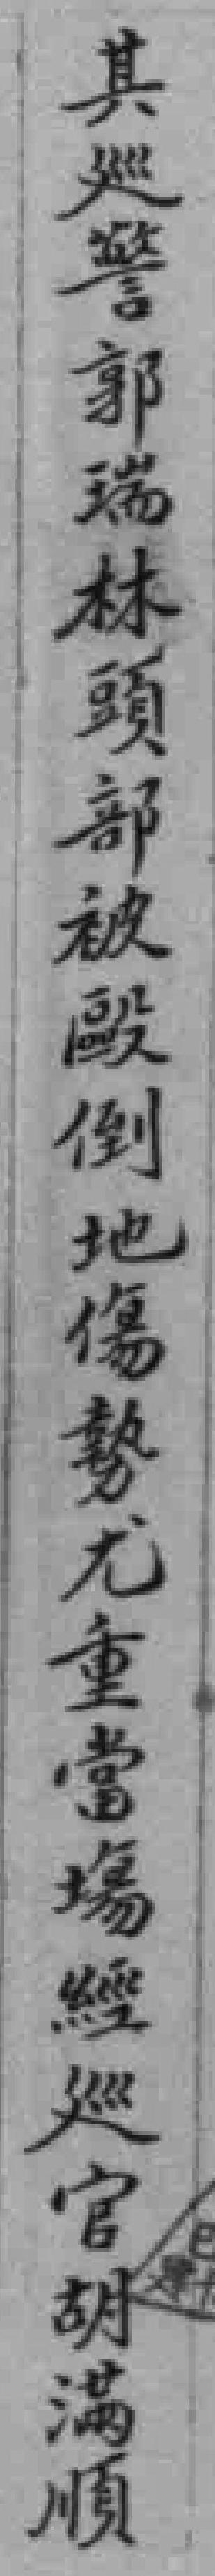
其廵警郭瑞林頭部被歐倒地傷勢尤重當場經廵官胡满順